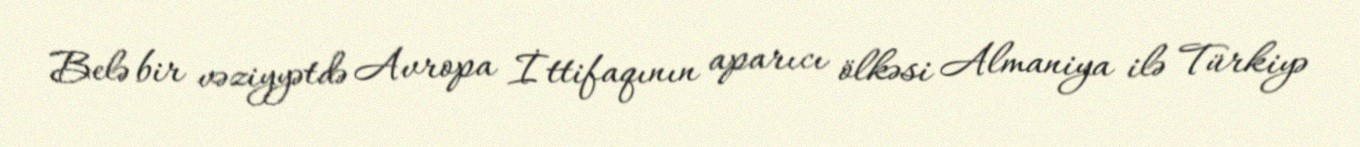
Belə bir vəziyyətdə Avropa İttifaqının aparıcı ölkəsi Almaniya ilə Türkiyə